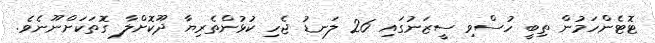
ޓޮޓެންހަމުން ތިބީ ހުސްވި ސީޒަނުގައި 26 ލަނޑު ޖެހި ކުޅުންތެރިޔާ ދޫކޮށްލާ ގޮތަކަށްނޫނެވެ.